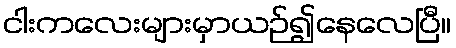
ငါးကလေးများမှာယဉ်၍နေလေပြီ။